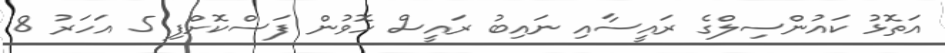
އަތޮޅު ކައުންސިލްގެ ރައީސާއި ނައިބު ރައީސް ހޮވުން ފަސްކޮށްފި 5 އަހަރު 8